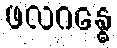
ဖလဂန္ဓေ